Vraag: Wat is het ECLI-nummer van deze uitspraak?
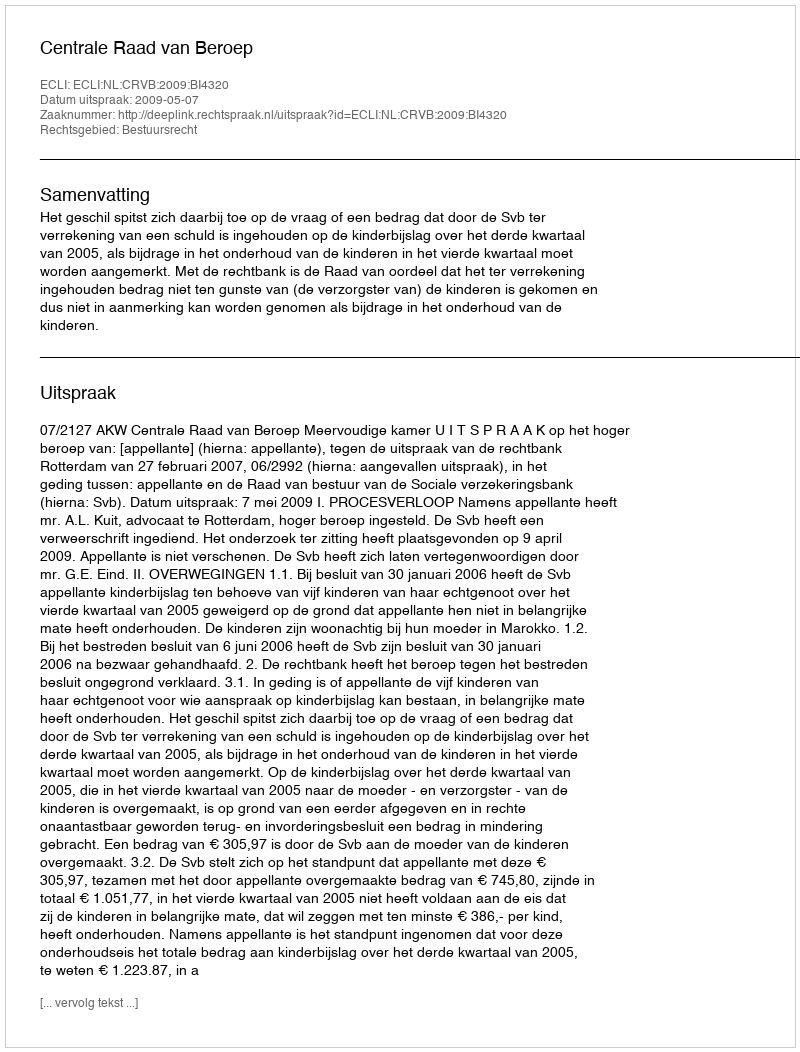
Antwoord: ECLI:NL:CRVB:2009:BI4320